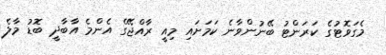
މެގަވޮޓުގެ ކަރަންޓު ބޭނުންވާނެ ކަމަށައި މިއީ ރާއްޖޭގެ އެންމެ އާބާދީ ބޮޑު މާލެ